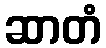
ဆာတံ